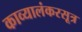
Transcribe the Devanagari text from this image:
काव्यालंकरसूत्र